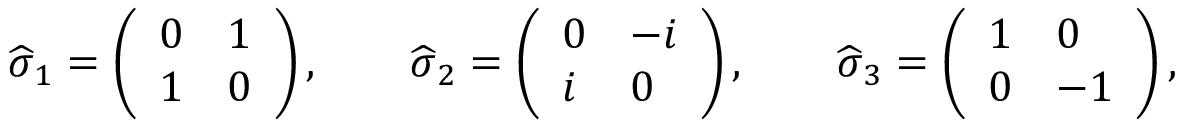
{ \widehat { \boldsymbol { \sigma } } } _ { 1 } = \left( \begin{array} { l l } { 0 } & { 1 } \\ { 1 } & { 0 } \end{array} \right) , \qquad { \widehat { \boldsymbol { \sigma } } } _ { 2 } = \left( \begin{array} { l l } { 0 } & { - i } \\ { i } & { 0 } \end{array} \right) , \qquad { \widehat { \boldsymbol { \sigma } } } _ { 3 } = \left( \begin{array} { l l } { 1 } & { 0 } \\ { 0 } & { - 1 } \end{array} \right) ,